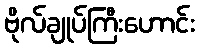
ဗိုလ်ချုပ်ကြီးဟောင်း